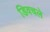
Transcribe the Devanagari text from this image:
डिवचले